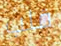
قلب